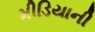
મીડિયાની